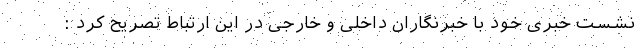
نشست خبری خود با خبرنگاران داخلی و خارجی در این ارتباط تصریح کرد :